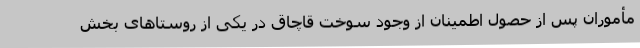
مأموران پس از حصول اطمینان از وجود سوخت قاچاق در یکی از روستاهای بخش